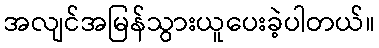
အလျင်အမြန်သွားယူပေးခဲ့ပါတယ်။